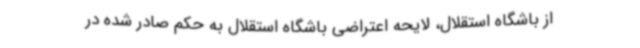
از باشگاه استقلال، لایحه اعتراضی باشگاه استقلال به حکم صادر شده در